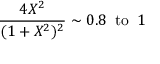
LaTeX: \frac { 4 X ^ { 2 } } { ( 1 + X ^ { 2 } ) ^ { 2 } } \sim 0 . 8 \; \; \mathrm { t o } \; \; 1